画像に写った文字を読んでください
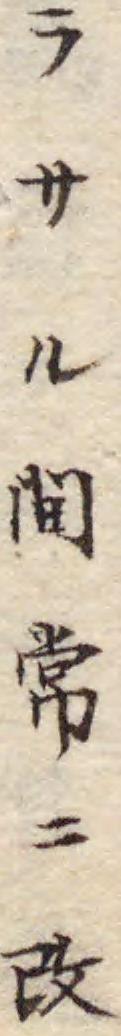
「ラサル间常ニ改」と書いてあります